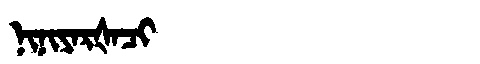
Manchu: ᠨᡳᠨᡳᠶᠠᡵᡧᠠᠴᡳ
Romanization: NINIYARŠACI